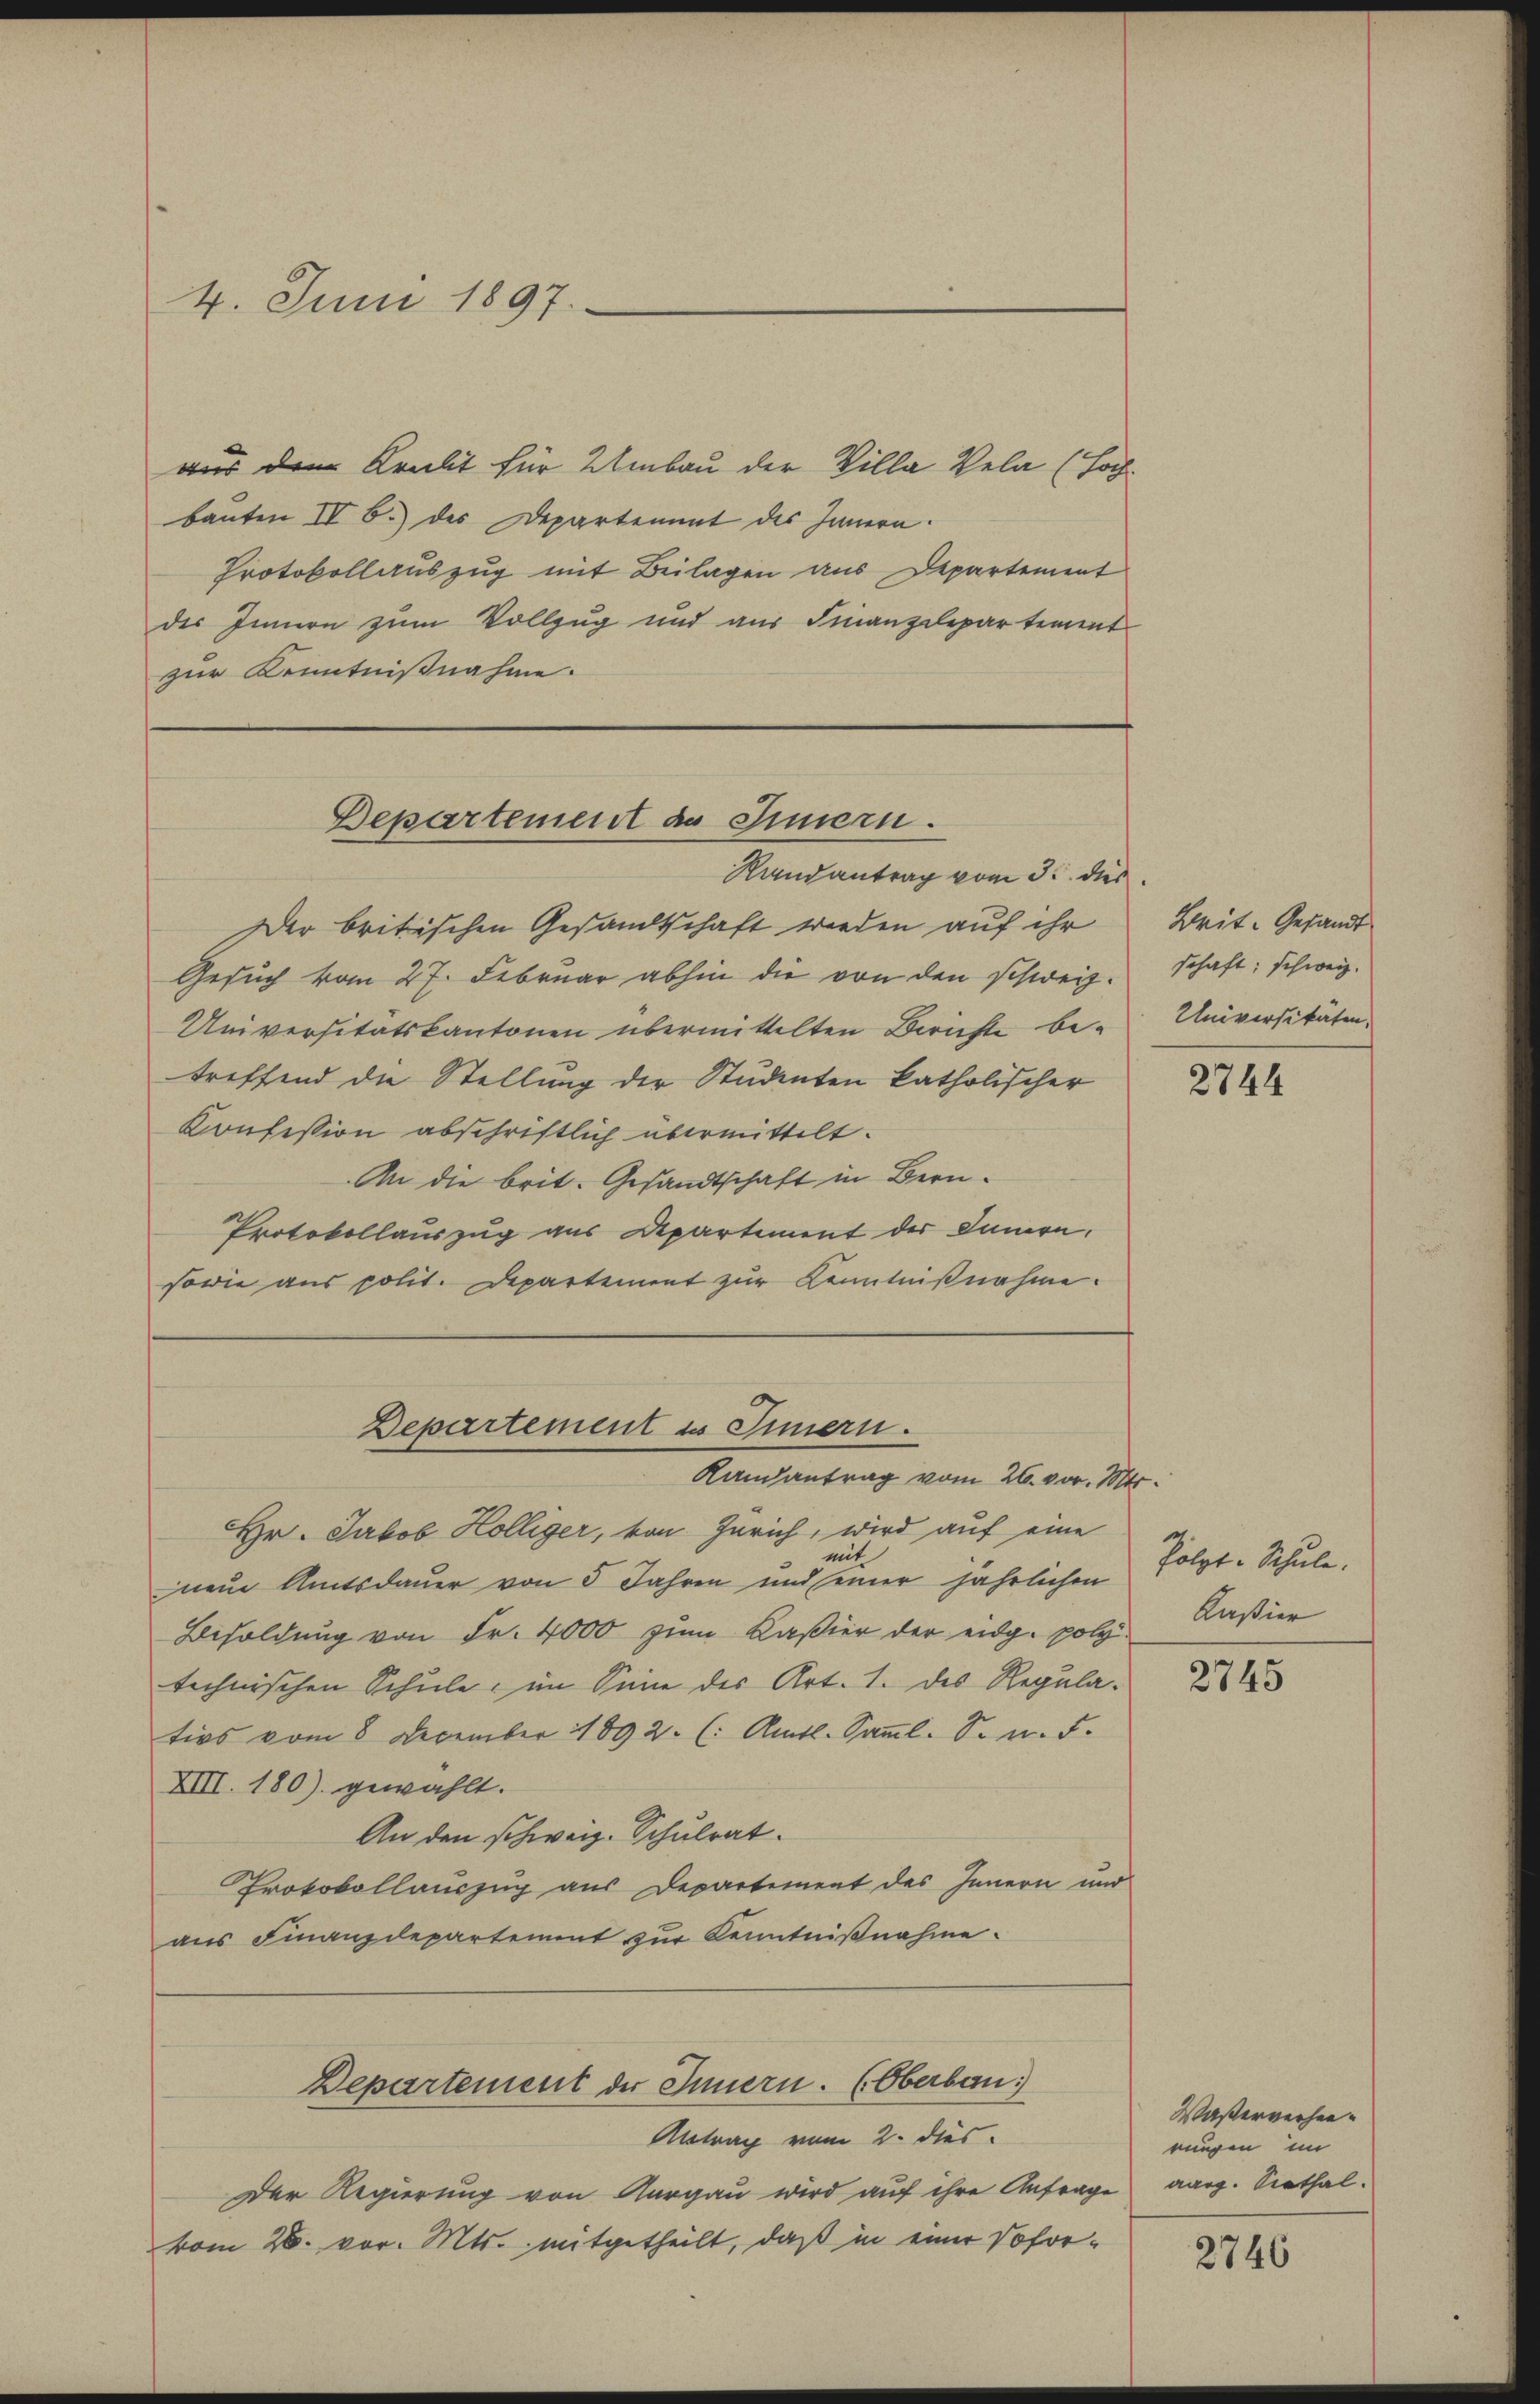
4. Juni 1897.

aus dem Kralt für Umbau der Villa Vela (Hoch-
bauten IV 6.) des Departement des Innern.
Protokollauszug mit Beilagen aus Departement
des Innern zum Vollzug und aus Finanzdepartement
zur Kenntnißnahme.

Der britischen Gesandtschaft werden auf ihr
Gesuch vom 27. Februar abhin die von den schweiz.
Universitätskantonen übermittelten Berichte be-
treffend die Stellung der Studenten katholischer
Konfession abschriftlich übermittelt.
An die brit. Gesandtschaft in Bern.
Protokollauszug aus Departement der Innern.
sowie aus polit. Departement zŭr Kenntnißnahme.

Hr. Jakob Hölliger, von Zürich, wird auf eine
mit
nem Amtsdauer von 5 Jahren und seiner jährlichen
Besoldung von Fr. 4000 zum Kaßier der eidg. polytechnischen Schule, im Sinne des Art. 1. des Regula-
tios vom 8. December 1892. (: Amtl. Samml. S. n. F.
XIII. 180) gewählt.
An den schweiz. Schulrat.
Protokollauszug aus Departement des Innern und
aus Finanzdepartement zur Kenntnißnahme.
Departement der Innern. (Oberbau
Antrag vom 2. dies
Der Regierung von Aargau wird auf ihre Anfrage aarg. Seethalvom 28. vor. Mts. mitgetheilt, daß in einer Sofor¬

Departement da Innern.
Randantrag vom 3. dies

Departement es Innern.
Kamantrag vom 26. vor. Mts.

Zeit. Gesandt
schaft; schweiz.
Universitäten,

2744

Polgt. Schule.
Kaßier

2745

Waßerverhanrungen im

2746